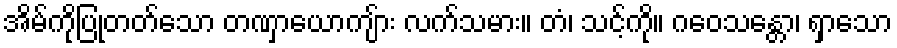
အိမ်ကိုပြုတတ်သော တဏှာယောကျ်ား လက်သမား။ တံ၊ သင့်ကို။ ဂဝေသန္တော၊ ရှာသော